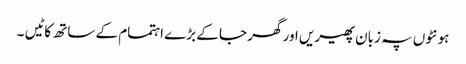
ہونٹوں پہ زبان پھیریں اور گھر جا کے بڑے اہتمام کے ساتھ کاٹیں ۔